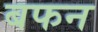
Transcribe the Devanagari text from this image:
बफन